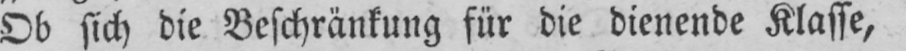
Ob sich die Beschränkung für die dienende Klasse,